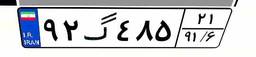
۹۲گ۴۸۵۲۱